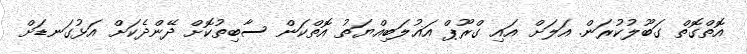
އޮތްގޮތް ގަބޫލުކުރަން. އަލަށް އައި ގްރޫޕް އަޣުލަބިއްޔަތު އޮތްކަން ސާބިތުކޮށް ދޭންދެކަށް އަޅުގަނޑަށް